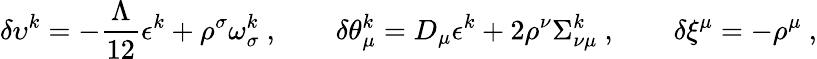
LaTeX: \delta\upsilon^{k}=-\frac{\Lambda}{12}\epsilon^{k}+\rho^{\sigma}\omega_{\sigma}^{k}\ ,\qquad\delta\theta_{\mu}^{k}=D_{\mu}\epsilon^{k}+2\rho^{\nu}\Sigma_{\nu\mu}^{k}\ ,\qquad\delta\xi^{\mu}=-\rho^{\mu}\ ,